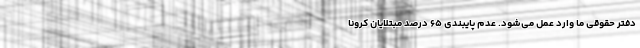
دفتر حقوقی ما وارد عمل می‌شود. عدم پایبندی ۶۵ درصد مبتلایان کرونا